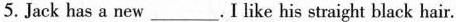
5. Jack has a new___.I like his straight black hair.